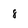
Character: 8